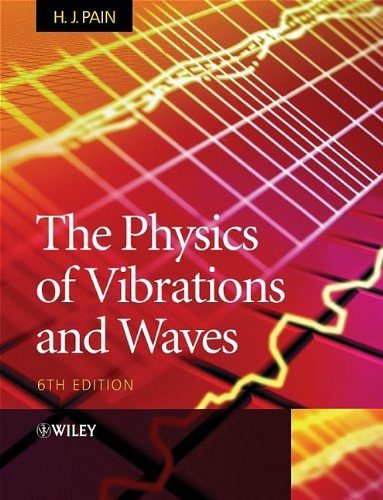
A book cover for The Physics of Vibrations and Waves, 6th Edition; H. John Pain; Science & Math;